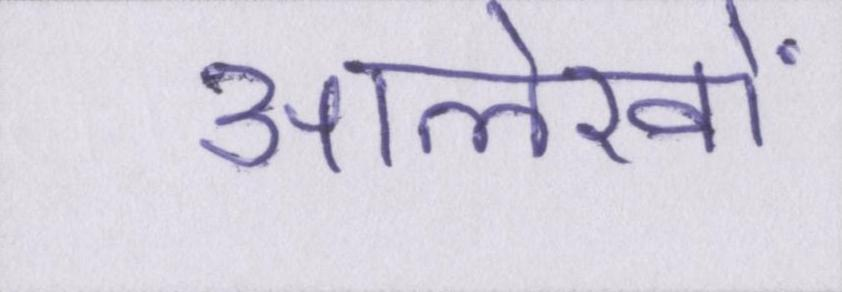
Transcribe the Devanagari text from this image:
आलेखों